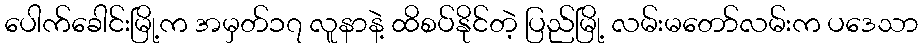
ပေါက်ခေါင်းမြို့က အမှတ်၁၇ လူနာနဲ့ ထိစပ်နိုင်တဲ့ ပြည်မြို့ လမ်းမတော်လမ်းက ပဒေသာ